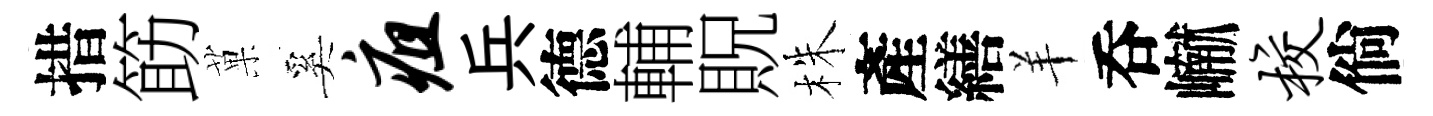
措筯菓奚疽兵德輔貺株產繕羊呑𪩘校倘